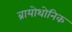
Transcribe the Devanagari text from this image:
ब्रायोथोनिक